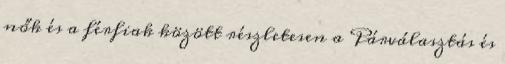
nők és a férﬁak között részletesen a Párválasztás és